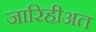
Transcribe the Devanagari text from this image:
जारिहीअत